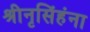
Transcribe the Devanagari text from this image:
श्रीनृसिंहंना